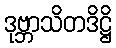
ဒုဗ္ဘာသိတဒိဋ္ဌိ